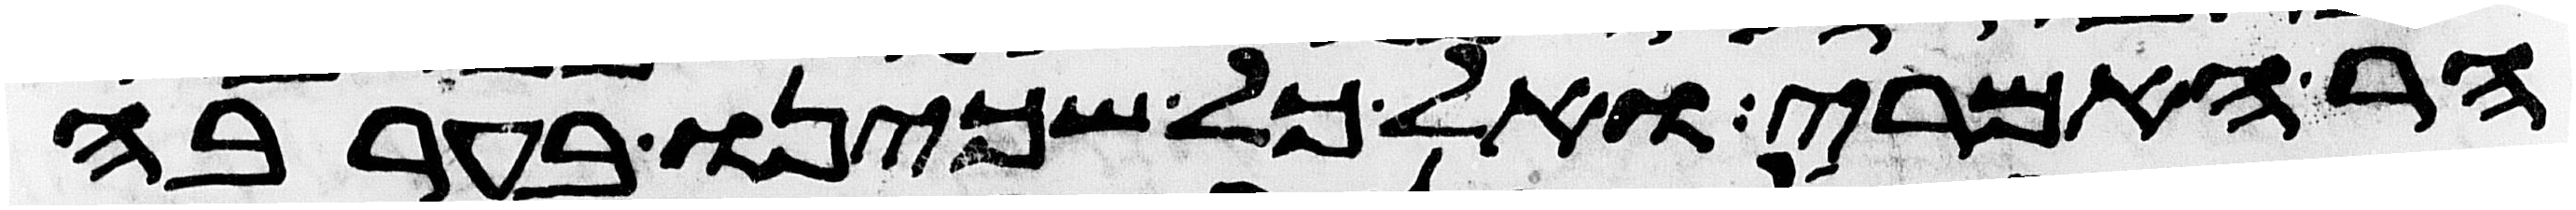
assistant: הר האמרי ואל כל שכינו בערבה